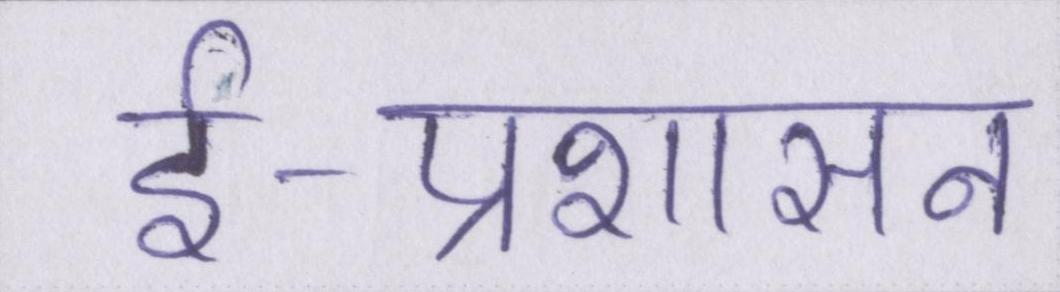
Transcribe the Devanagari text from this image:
ई-प्रशासन